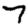
Digit: 7